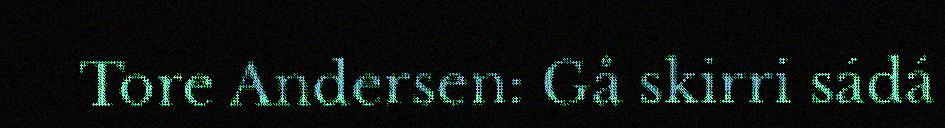
Tore Andersen: Gå skirri sádá